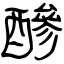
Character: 醦